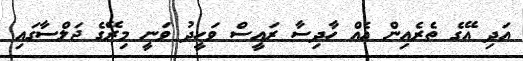
އަދި އޭގެ ތެރެއިން އެއް ހާދިސާ ރައީސް ވަހީދު ވަނީ މިރޭގެ ޖަލްސާގައި